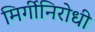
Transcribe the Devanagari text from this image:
मिर्गीनिरोधी